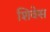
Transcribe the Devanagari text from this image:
शिवेस